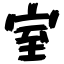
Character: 室